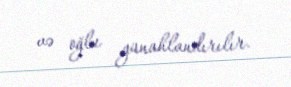
və oğlu günahlandırılır.